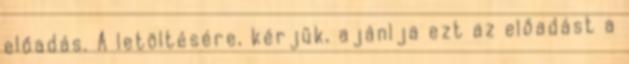
előadás. A letöltésére, kérjük, ajánlja ezt az előadást a